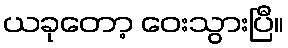
ယခုတော့ ဝေးသွားပြီ။